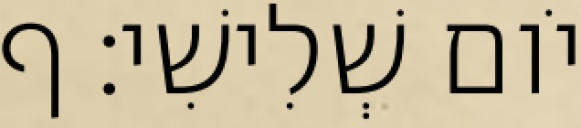
יֹום שְׁלִישִׁי׃ ף